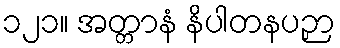
၁၂၁။ အတ္တာနံ နိပါတနပဉှာ